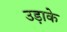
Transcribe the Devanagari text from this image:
उड़ाके